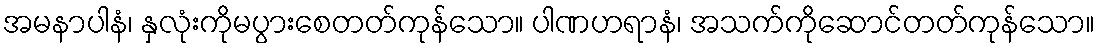
အမနာပါနံ၊ နှလုံးကိုမပွားစေတတ်ကုန်သော။ ပါဏဟရာနံ၊ အသက်ကိုဆောင်တတ်ကုန်သော။